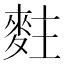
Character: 𪌘